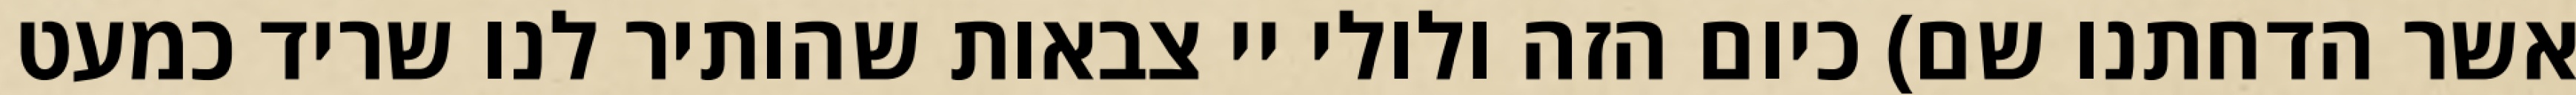
אשר הדחתנו שם) כיום הזה ולולי יי צבאות שהותיר לנו שריד כמעט